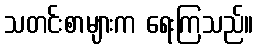
သတင်းစာများက ရေးကြသည်။